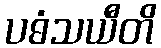
ပဓံသယီတိ